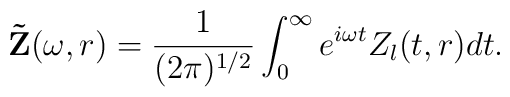
{\bf \tilde Z}(\omega,r)=\frac{1}{(2\pi)^{1/2}}\int_{0}^{\infty}e^{i \omega t}Z_l(t,r)dt.